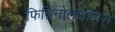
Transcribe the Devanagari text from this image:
फिब्रिनोलाइसिस